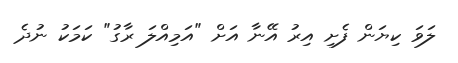
ލަވަ ކިޔަން ފެށި އިރު އޭނާ އަށް "އަމިއްލަ ރާގު" ކަމަކު ނުދެ